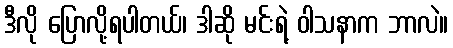
ဒီလို ပြောလို့ရပါတယ်၊ ဒါဆို မင်းရဲ့ ဝါသနာက ဘာလဲ။